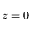
z = 0